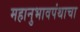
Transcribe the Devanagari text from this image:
महानुभावपंथाचा